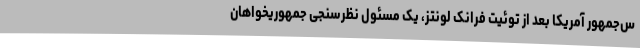
س‌جمهور آمریکا بعد از توئیت فرانک لونتز، یک مسئول نظرسنجی جمهوریخواهان